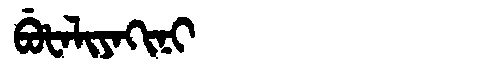
Manchu: ᠪᡠᡶᠠᠯᡳᠶᠠᡴᡳᠨᡳ
Romanization: BUFALIYAKINI